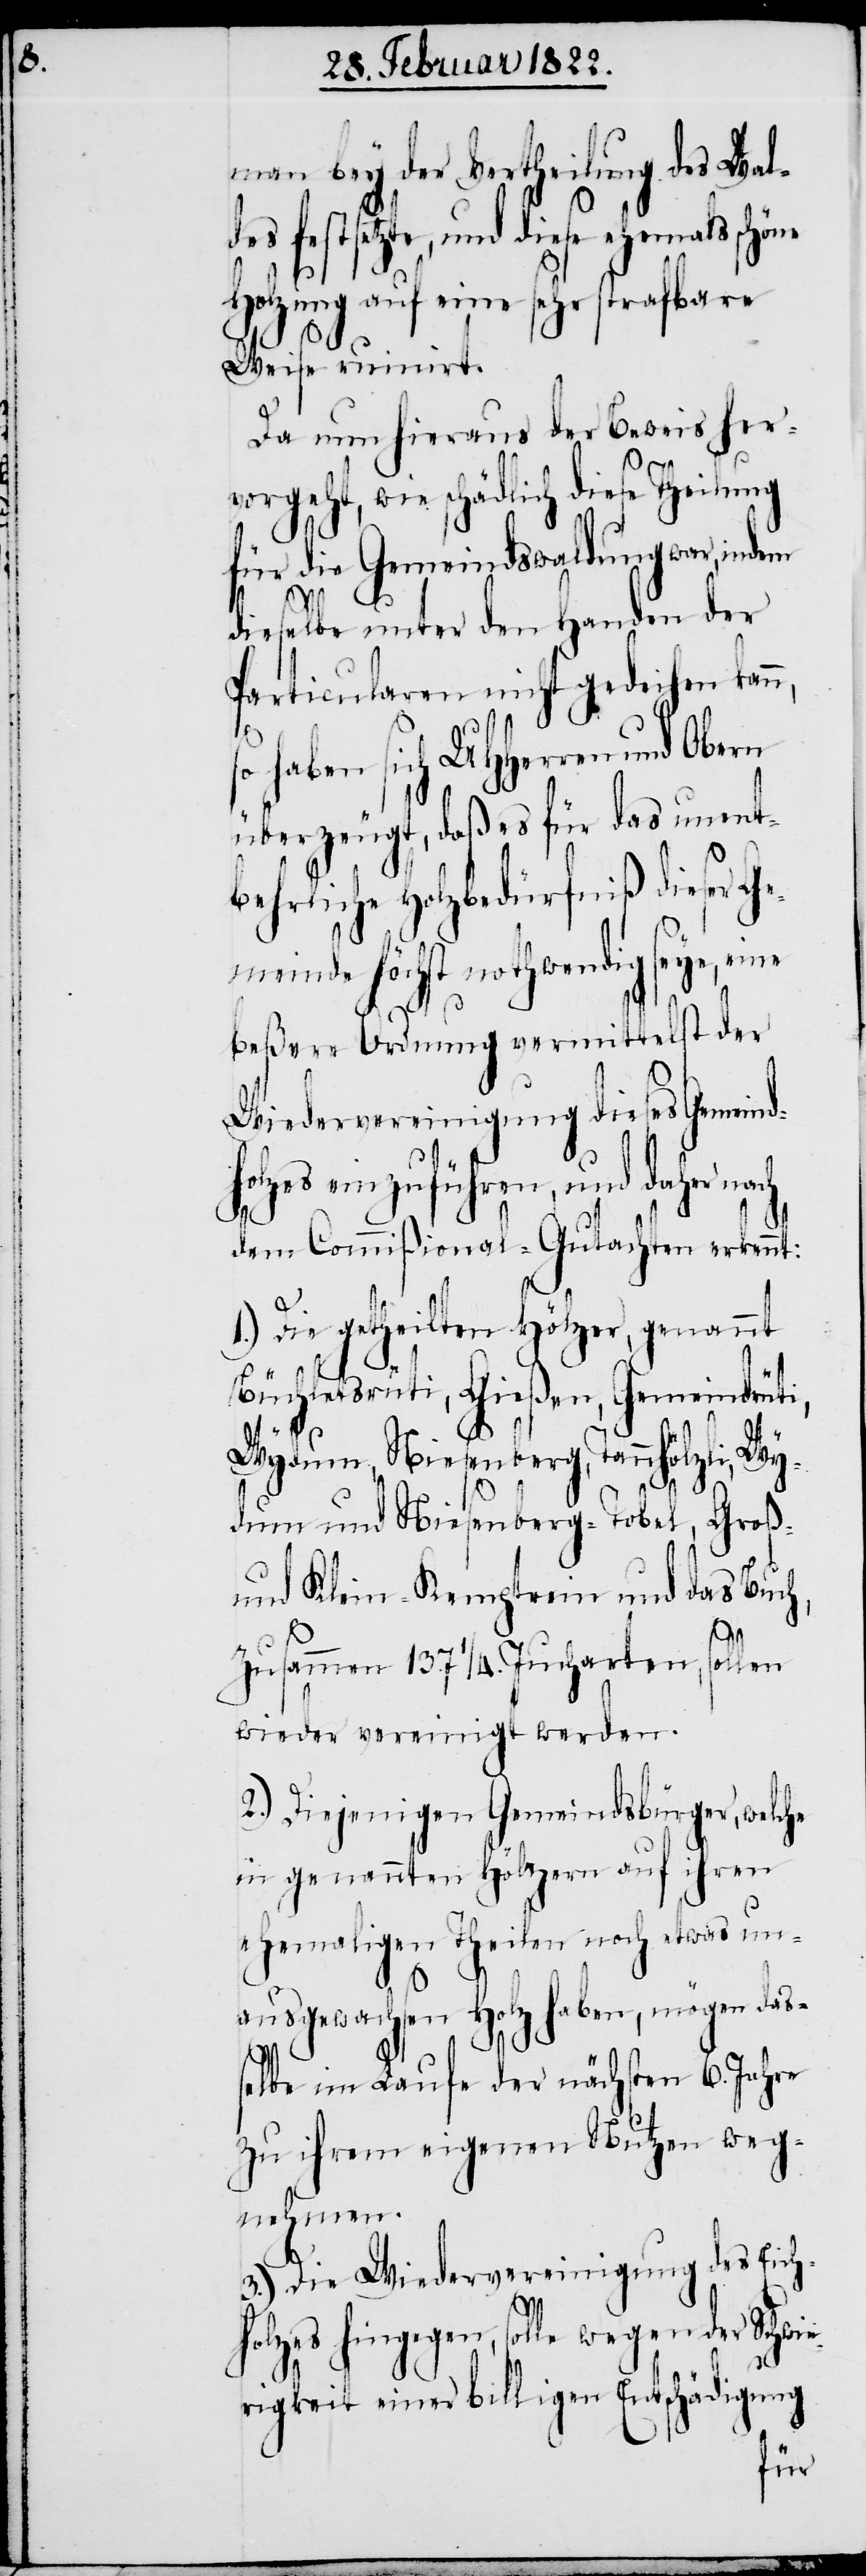
man bey der Vertheilung des Wal¬
des festsetzte, und diese ehemals schöne
Holzung auf eine sehr strafbare
Weise ruinirt.
Da nun hieraus der Beweis her¬
vorgeht, wie schädlich diese
für die Gemeindswaldung war, indem
dieselbe unter den Handen der
Particularen nicht gedeihen kan¬
so haben sich UHHerren und Obern
überzeugt, daß es für das unent¬
behrliche Holzbedürfniß dieser G¬
emeinde höchst nothwendig seye, eine
beßere Ordnung vermittelst der
Wiedervereinigung dieses Gemeind¬
lzes einzuführen, und daher na¬
dem Commißional-Gutachten erkennt:
Die getheilten Hölzer, genannt
Büchletsrüti, Gießen, Gemeindrüti
Wydum, Niesenberg-Tobel, Groß-
und Klein-Kemptrein und das Buch,
n,
zusammen 137.1/4 Jucharten, sollen
wieder vereinigt werden.
2.) Diejenigen Gemeindsbürger, welche
in genannten Hölzern auf ihren
ho¬
ehemaligen Theilen noch etwas un¬
ausgewachsen Holz haben, mögen das¬
selbe im Laufe der nächsten 6. Jahre
zu ihrem eigenen Nutzen weg¬
nehmen.
3.) Die Wiedervereinigung des Eich¬
ch
holzes hingegen, solle wegen der Schwi¬
erigkeit einer billigen Entschädigung